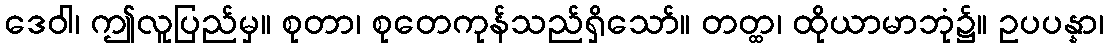
ဒေဝါ၊ ဤလူပြည်မှ။ စုတာ၊ စုတေကုန်သည်ရှိသော်။ တတ္ထ၊ ထိုယာမာဘုံ၌။ ဥပပန္နာ၊